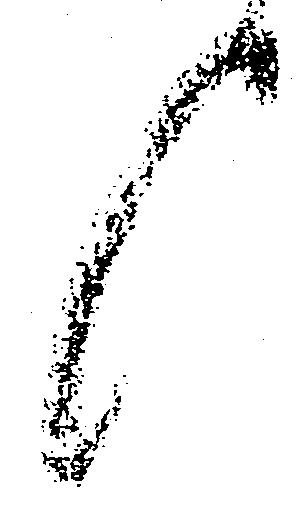
候